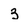
Character: 3